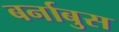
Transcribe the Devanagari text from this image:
बर्नाबुस